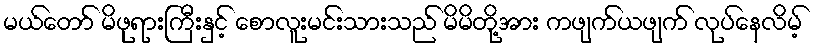
မယ်တော် မိဖုရားကြီးနှင့် စောလူးမင်းသားသည် မိမိတို့အား ကဖျက်ယဖျက် လုပ်နေလိမ့်